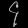
Digit: ၄